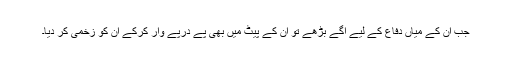
جب ان کے میاں دفاع کے لیے آگے بڑھے تو ان کے پیٹ میں بھی پے درپے وار کرکے ان کو زخمی کر دیا۔